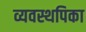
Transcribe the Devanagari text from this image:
व्यवस्थपिका